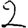
Digit: 2